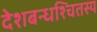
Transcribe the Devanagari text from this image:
देशबन्धश्चितस्य